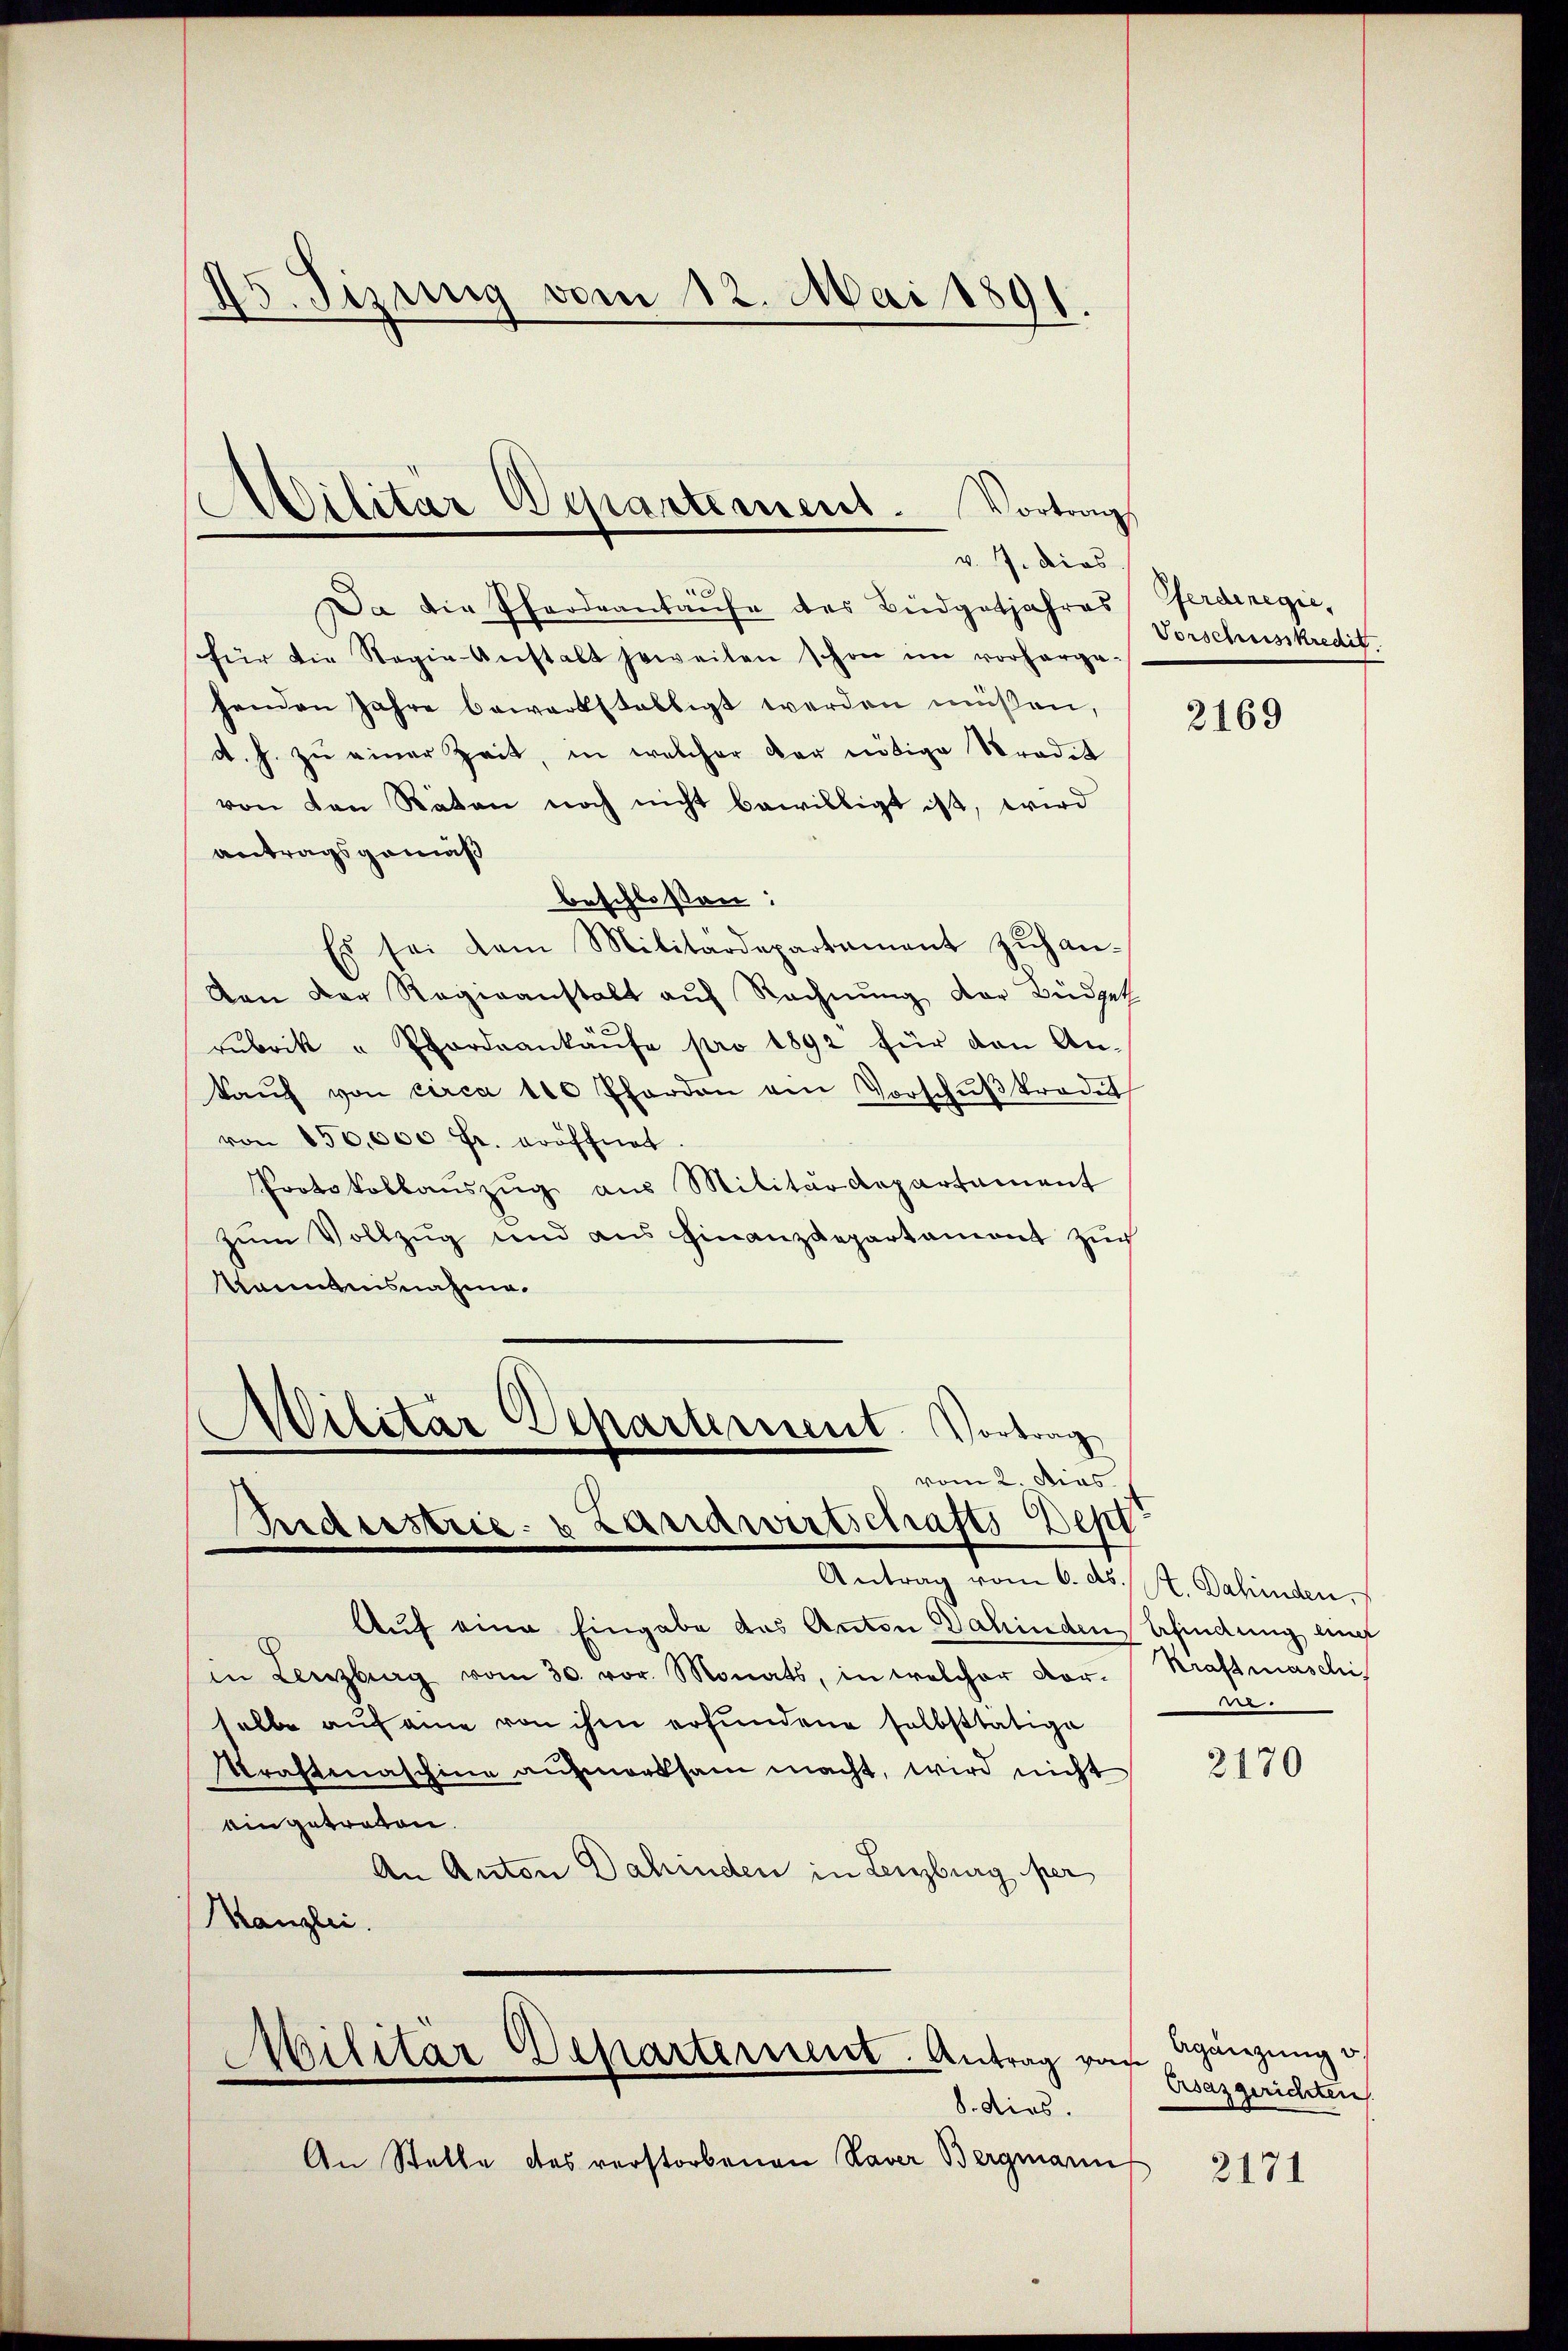
45. Sizung vom 12. Mai 1891.

Militär Departement. Vortrag
v. 7. dies

d
Da die Pferdeankaufe des Büdgetjahres
für die Regie-Anstalt jeweilen schon im vorherge-
henden Jahre bewartstaltigt werden müßen,
d. h. zu einer Zeit, in welcher der nötige Stradet
von den Raten noch nicht bewilligt ist, wird
antragsgemäß
beschlossen:
Es sei dem Militärdepartament zŭhan-
van der Regenanstalt auf Rechnung der Büdget
rubrik u Pfordeankaŭfe pro 1892 für den An-
kaŭf von circa 100 Pferden ein Vorschŭβkrode
von 150,000 fr. eröffnet
Protokollaŭszŭg aŭs Militärdepartament
zŭm Vollzug und ans Finanzdepartament zŭr
kanntnisnahme.
Militar Departement. Vortrag
vom 2. dies
Pideestrie- & Landwirtschafts-Dept
Antrag vom 6. ds. R. Dahinden,
Auf eine Eingabe des Anton Dahinden Erfindung einer
in Lenzburg vom 30. vor. Monats, in welcher vor-
selbe auf eine von ihm erfundene selbsttätige
Kraftenaschine aufmerksam macht, wird nicht
eingetraten.
An Anton Dahinden in Lenzburg per
Kanzlei.

Militär Departement. Antrag vor
8. dies.

An Stelle das verstorbenen Raver Bergmann

Pferdinegie
Vorschusskredit.

2169

Kraftmaschi
8

2170

Agänzung v
Asazgerichten.

2171